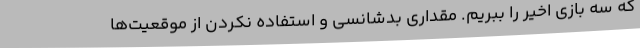
که سه بازی اخیر را ببریم. مقداری بدشانسی و استفاده نکردن از موقعیت‌ها